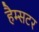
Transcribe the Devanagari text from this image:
हैम्सटर